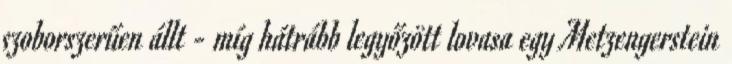
szoborszerűen állt - míg hátrább legyőzött lovasa egy Metzengerstein